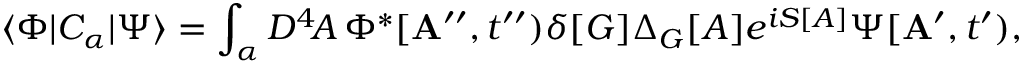
\langle \Phi | C _ { \alpha } | \Psi \rangle = \int _ { \alpha } { \cal D } ^ { 4 } \! A \, \Phi ^ { * } [ { \bf A } ^ { \prime \prime } , t ^ { \prime \prime } ) \delta [ G ] \Delta _ { G } [ A ] e ^ { i S [ A ] } \Psi [ { \bf A } ^ { \prime } , t ^ { \prime } ) ,